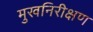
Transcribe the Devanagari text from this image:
मुखनिरीक्षण